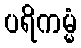
ပရိကမ္မံ